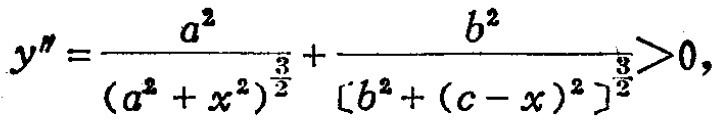
\[y'' = \frac{a^{2}}{(a^{2}+x^{2})^{\frac{3}{2}}}+\frac{b^{2}}{[b^{2}+(c - x)^{2}]^{\frac{3}{2}}}>0,\]